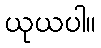
ယုယပါ။